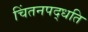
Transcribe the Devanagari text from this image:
चिंतनपद्धति